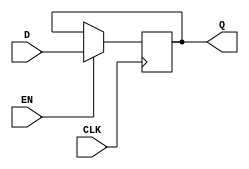
module StoreRegister (
    input wire D,        // Data input
    input wire CLK,      // Clock signal
    input wire EN,       // Enable signal
    output reg Q         // Data output
);

// Initial state of the register
initial begin
    Q = 1'b0; // Initial value can be set as needed
end

// Sequential logic for the register
always @(posedge CLK) begin
    if (EN) begin
        Q <= D; // Update Q with D when EN is high
    end
    // If EN is low, Q retains its previous value (no action needed)
end

endmodule